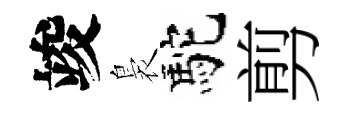
竣裊駝剪